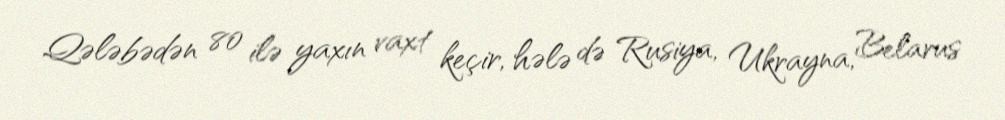
Qələbədən 80 ilə yaxın vaxt keçir, hələ də Rusiya, Ukrayna, Belarus